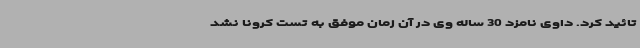
تائید کرد. داوی نامزد 30 ساله وی در آن زمان موفق به تست کرونا نشد